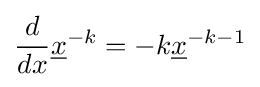
{\frac {d}{dx}}{\underline {x}}^{-k}=-k{\underline {x}}^{-k-1}